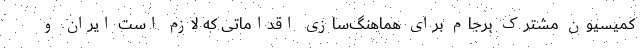
کمیسیون مشترک برجام برای هماهنگ‌سازی اقداماتی که لازم است ایران و